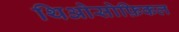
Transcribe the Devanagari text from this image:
थिओसोफ़िकल